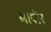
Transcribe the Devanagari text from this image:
सापीर